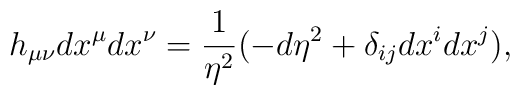
h_{\mu \nu}dx^{\mu}dx^{\nu}=\frac{1}{\eta^2}(-d \eta^2+\delta_{ij}dx^i dx^j),